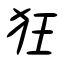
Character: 狂